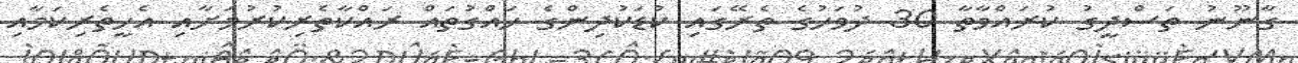
ގާނޫނު ތަސްދީގު ކުރައްވާތާ 30 ދުވަހުގެ ތެރޭގައި ކުޑަކުދިންގެ ހައްގުތައް ރައްކާތެރިކުރުމަށާއި އެހީތެރިކަމާއި